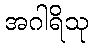
အဂါရိသု